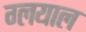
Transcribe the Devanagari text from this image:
ग्लयाल